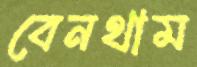
বেনথাম